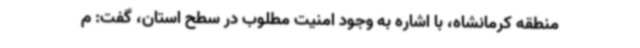
منطقه کرمانشاه، با اشاره به وجود امنیت مطلوب در سطح استان، گفت: م